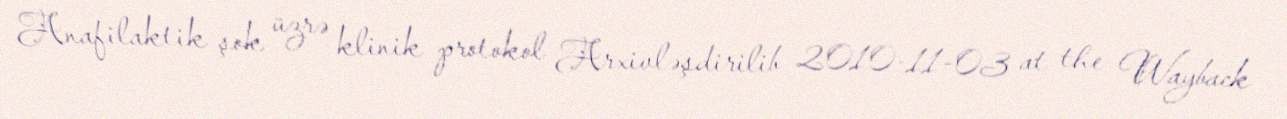
Anafilaktik şok üzrə klinik protokol Arxivləşdirilib 2010-11-03 at the Wayback